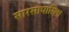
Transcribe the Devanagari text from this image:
सारसापारिला